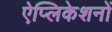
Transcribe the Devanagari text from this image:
ऐप्लिकेशनों